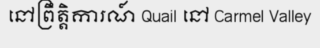
នៅព្រឹត្តិការណ៍ Quail នៅ Carmel Valley